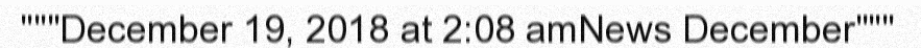
"""December 19, 2018 at 2:08 amNews December"""